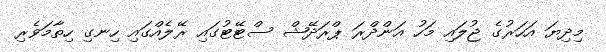
މިދިޔަ އަހަރުގެ ޖުލައި މަހު އަންދްރަ ޕްރަދޭޝް ސްޓޭޓުގައި ރޭލެއްގައި ހިނގި ހިތާމަވެރި